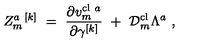
Z _ { m } ^ { a \ [ k ] } \ = \ { \frac { \partial v _ { m } ^ { \mathrm { c l } \ a } } { \partial \gamma ^ { [ k ] } } } \ + \ { \cal D } _ { m } ^ { \mathrm { c l } } \Lambda ^ { a } \ ,